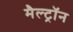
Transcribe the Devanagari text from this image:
मैल्ट्रॉन